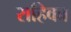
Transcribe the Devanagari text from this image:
राहिका